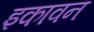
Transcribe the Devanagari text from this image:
इकावन